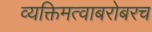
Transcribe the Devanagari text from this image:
व्यक्तिमत्वाबरोबरच